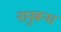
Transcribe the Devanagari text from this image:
नानुबन्धं